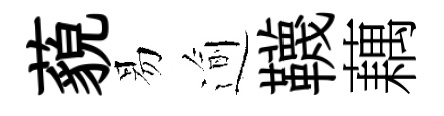
藐易逾韈藕